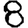
Digit: 8